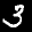
Label: 3